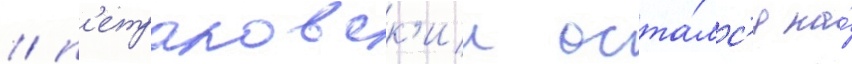
/ п'етраковск'ии оста́лс'я на́